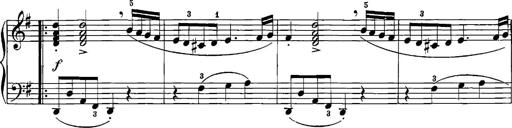
Title: 12 Sonatinas
Composer: Ignaz Pleyel